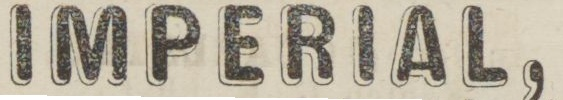
IMPERIAL,